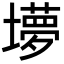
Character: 㙹